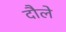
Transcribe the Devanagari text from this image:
दौले